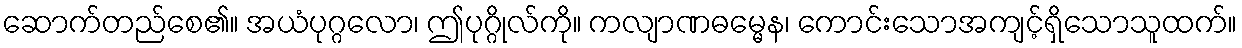
ဆောက်တည်စေ၏။ အယံပုဂ္ဂလော၊ ဤပုဂ္ဂိုလ်ကို။ ကလျာဏဓမ္မေန၊ ကောင်းသောအကျင့်ရှိသောသူထက်။